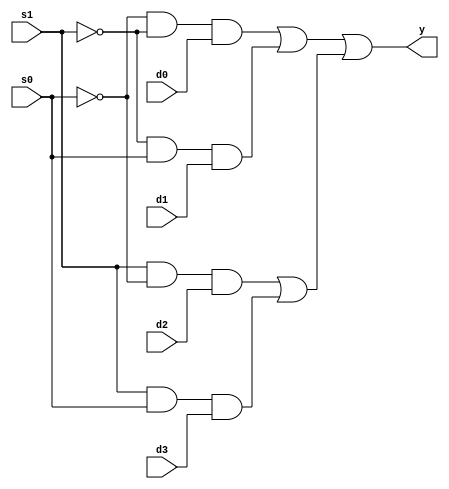


`timescale 1ns / 1ps
//////////////////////////////////////////////////////////////////////////////////
// Company: 
// Engineer: 
// 
// Design Name: 
// Module Name:    mux1 
// Project Name: 
// Target Devices: 
// Tool versions: 
// Description: 
//
// Dependencies: 
//
// Revision: 
// Revision 0.01 - File Created
// Additional Comments: 
//
//////////////////////////////////////////////////////////////////////////////////
module mux1(
    input d0,
    input d1,
    input d2,
    input d3,
    input s1,
    input s0,
    output y
    );


wire w1,w2,w3,w4,a1,a2,sn1,sn0;
not(sn1,s1);
not(sn0,s0);
and(w1,sn0,sn1,d0);
and(w2,sn1,s0,d1);
and(w3,s1,sn0,d2);
and(w4,s1,s0,d3);
or(a1,w1,w2);
or(a2,w3,w4);
or(y,a1,a2);

endmodule